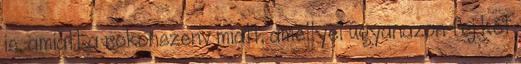
is, amiatt a rokonszenv miatt, amellyel ugyanazon fej két